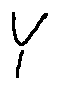
Y